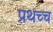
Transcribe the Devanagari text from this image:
प्रथच्च